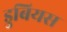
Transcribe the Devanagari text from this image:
डुबियस